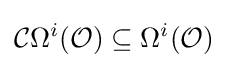
{\mathcal {C}}\Omega ^{i}({\mathcal {O}})\subseteq \Omega ^{i}({\mathcal {O}})